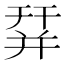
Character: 𢆛